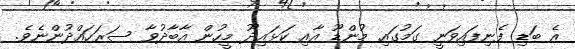
އެ ބަޑި ފެނިފައިވަނީ ގަމުގައި މުންޑޫ އާއި ކަޅައިދޫ މީހުން އާބާދުވާ ސަރަހައްދުންނެވެ.